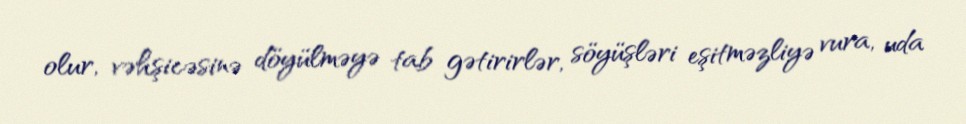
olur, vəhşicəsinə döyülməyə tab gətirirlər, söyüşləri eşitməzliyə vura, uda